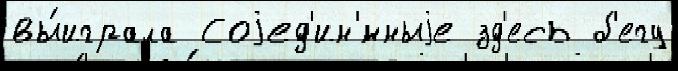
вы́играла Соjед'ин'́нныjе зд'есь б'егу